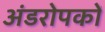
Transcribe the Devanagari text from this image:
अंडरोपकों